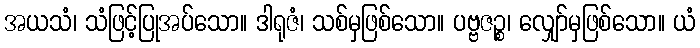
အယသံ၊ သံဖြင့်ပြုအပ်သော။ ဒါရုဇံ၊ သစ်မှဖြစ်သော။ ပဗ္ဗဇဉ္စ၊ လျှော်မှဖြစ်သော။ ယံ